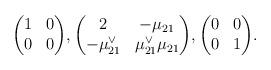
LaTeX: \begin{gather*} \begin{pmatrix} 1 & 0 \\ 0 & 0\end{pmatrix}\!, \begin{pmatrix} 2 & -\mu_{21} \\ -\mu_{21}^\vee & \mu_{21}^\vee\mu_{21}\end{pmatrix}\!, \begin{pmatrix} 0 & 0 \\ 0 & 1\end{pmatrix}\!. \end{gather*}